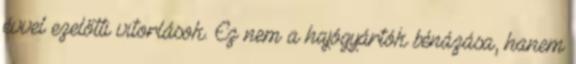
évvel ezelőtti vitorlások. Ez nem a hajógyártók bénázása, hanem